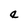
Character: e